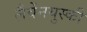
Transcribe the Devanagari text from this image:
लैवेंनयुस्की